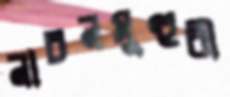
নাচনমুহুরী